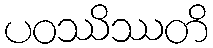
ပဝဿိဿတိ